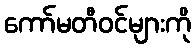
ကော်မတီဝင်များကို